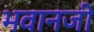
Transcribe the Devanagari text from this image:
भवानजी